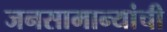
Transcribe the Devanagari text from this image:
जनसामान्यांची